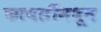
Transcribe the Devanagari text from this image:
फायलींमधून